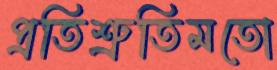
প্রতিশ্রুতিমতো